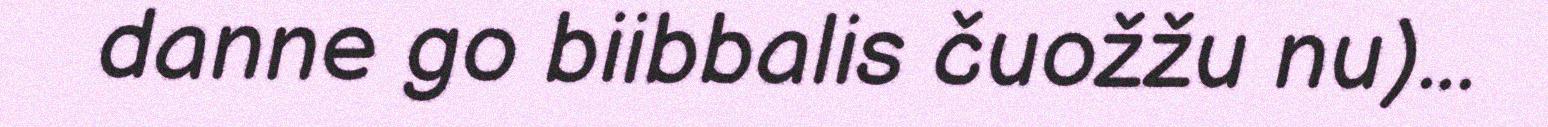
danne go biibbalis čuožžu nu)...